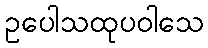
ဥပေါသထုပဝါသေ